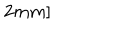
2 m m ]